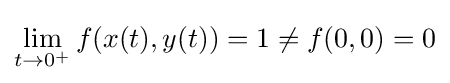
\lim _{t\to 0^{+}}f(x(t),y(t))=1\neq f(0,0)=0